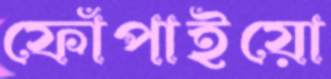
ফোঁপাইয়ো